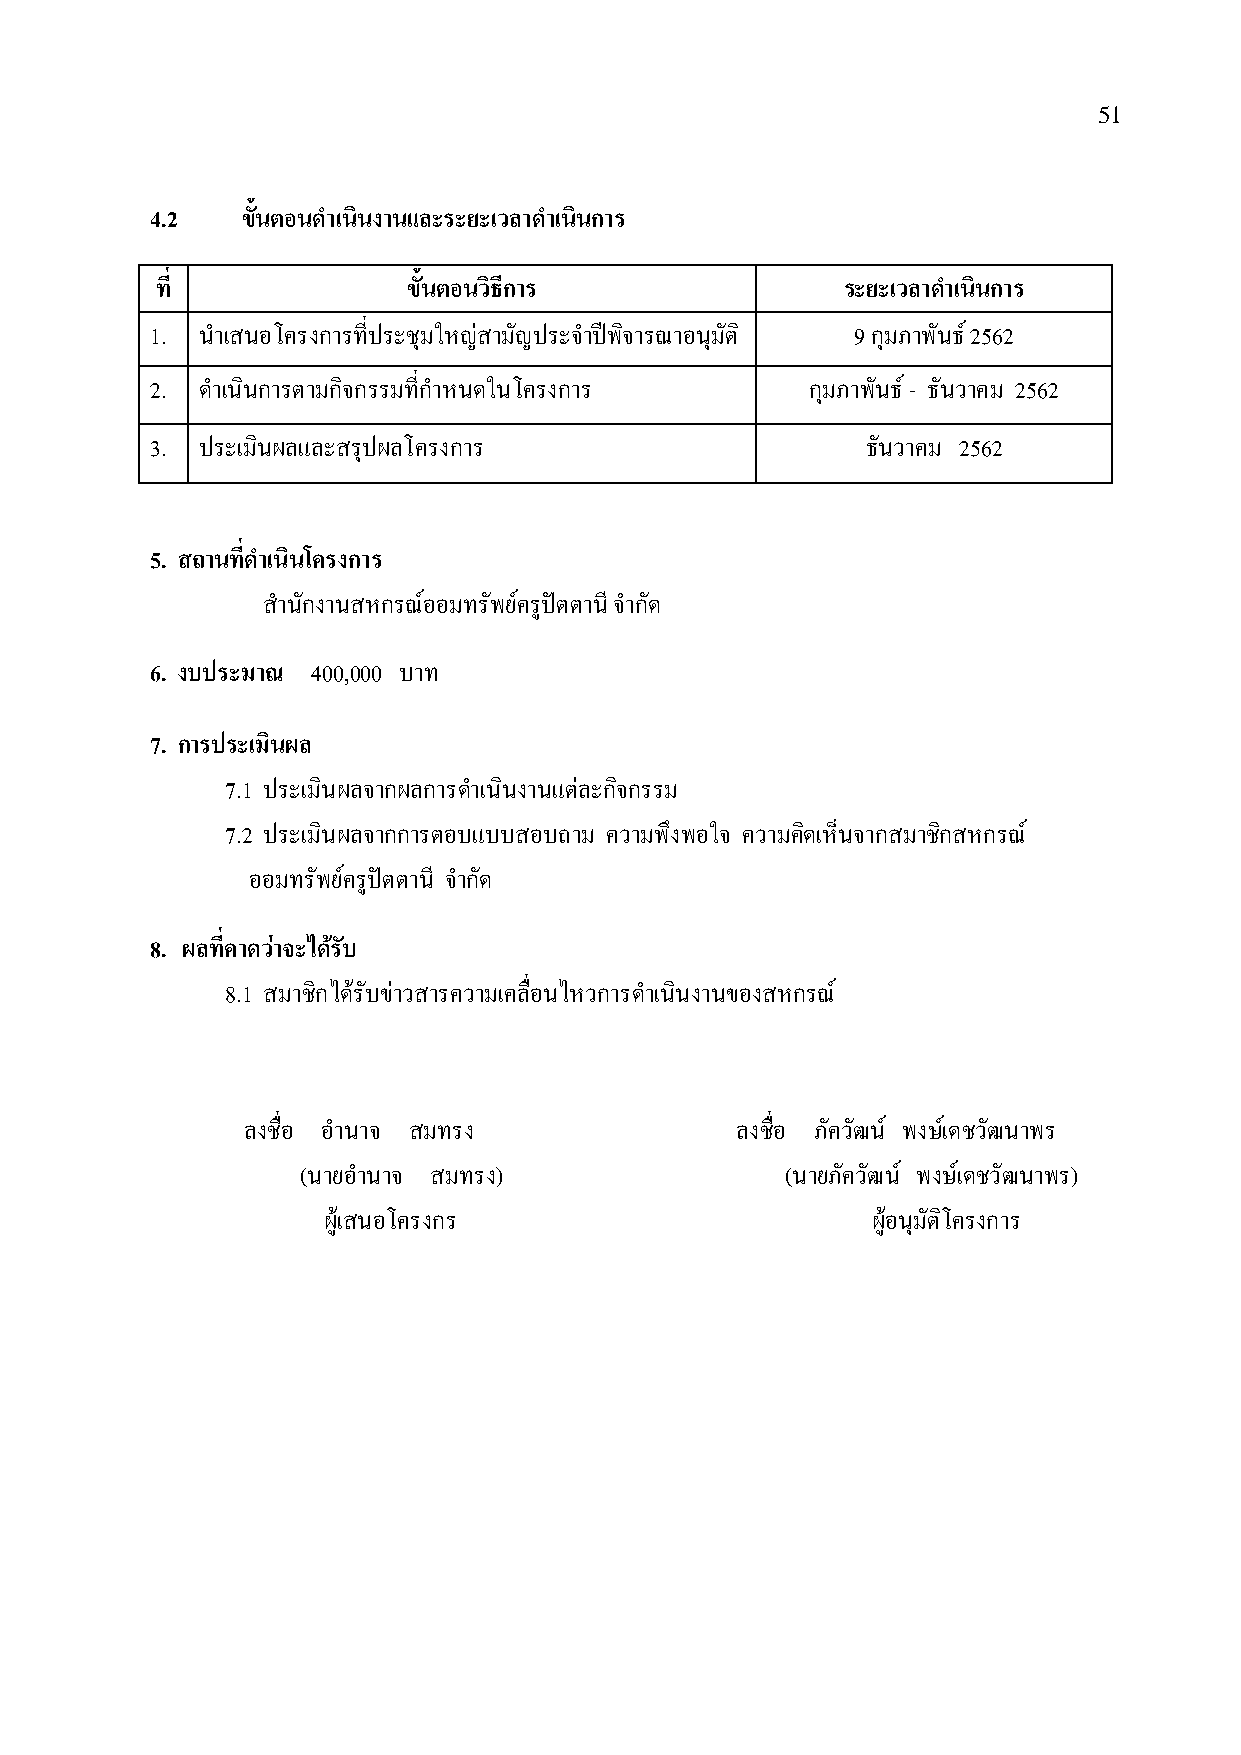
51
 4.2   ขั้นตอนด าเนินงานและระยะเวลาด าเนินการ
 ที่              ขั้นตอนวิธีการ               ระยะเวลาด าเนินการ
 1. นําเสนอโครงการที่ประชุมใหญ่สามัญประจําปีพิจารณาอนุมัติ 9 กุมภาพันธ์ 2562
 2. ดําเนินการตามกิจกรรมที่กําหนดในโครงการ   กุมภาพันธ์ - ธันวาคม 2562
 3. ประเมินผลและสรุปผลโครงการ                   ธันวาคม 2562
 5. สถานที่ด าเนินโครงการ
 สํานักงานสหกรณ์ออมทรัพย์ครูปัตตานี จํากัด
 6. งบประมาณ 400,000 บาท
 7. การประเมินผล
 7.1 ประเมินผลจากผลการดําเนินงานแต่ละกิจกรรม
 7.2 ประเมินผลจากการตอบแบบสอบถาม ความพึงพอใจ ความคิดเห็นจากสมาชิกสหกรณ์
 ออมทรัพย์ครูปัตตานี จํากัด
 8. ผลที่คาดว่าจะได้รับ
 8.1 สมาชิกได้รับข่าวสารความเคลื่อนไหวการดําเนินงานของสหกรณ์
 ลงชื่อ อํานาจ สมทรง              ลงชื่อ ภัควัฒน ์ พงษ์เดชวัฒนาพร
 (นายอํานาจ สมทรง)               (นายภัควัฒน ์ พงษ์เดชวัฒนาพร)
 ผู้เสนอโครงกร                        ผู้อนมุ ัติโครงการ